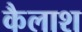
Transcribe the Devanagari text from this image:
कैलाश